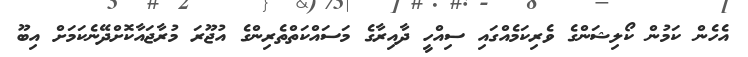
އެހެން ކަމުން ކޯލިޝަންގެ ވެރިކަމެއްގައި ސިއްހީ ދާއިރާގެ މަސައްކަތްތެރިންގެ އުޖޫރަ މުރާޖައާކޮށްދޭނެކަމަށް އިބޫ